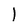
Character: 1